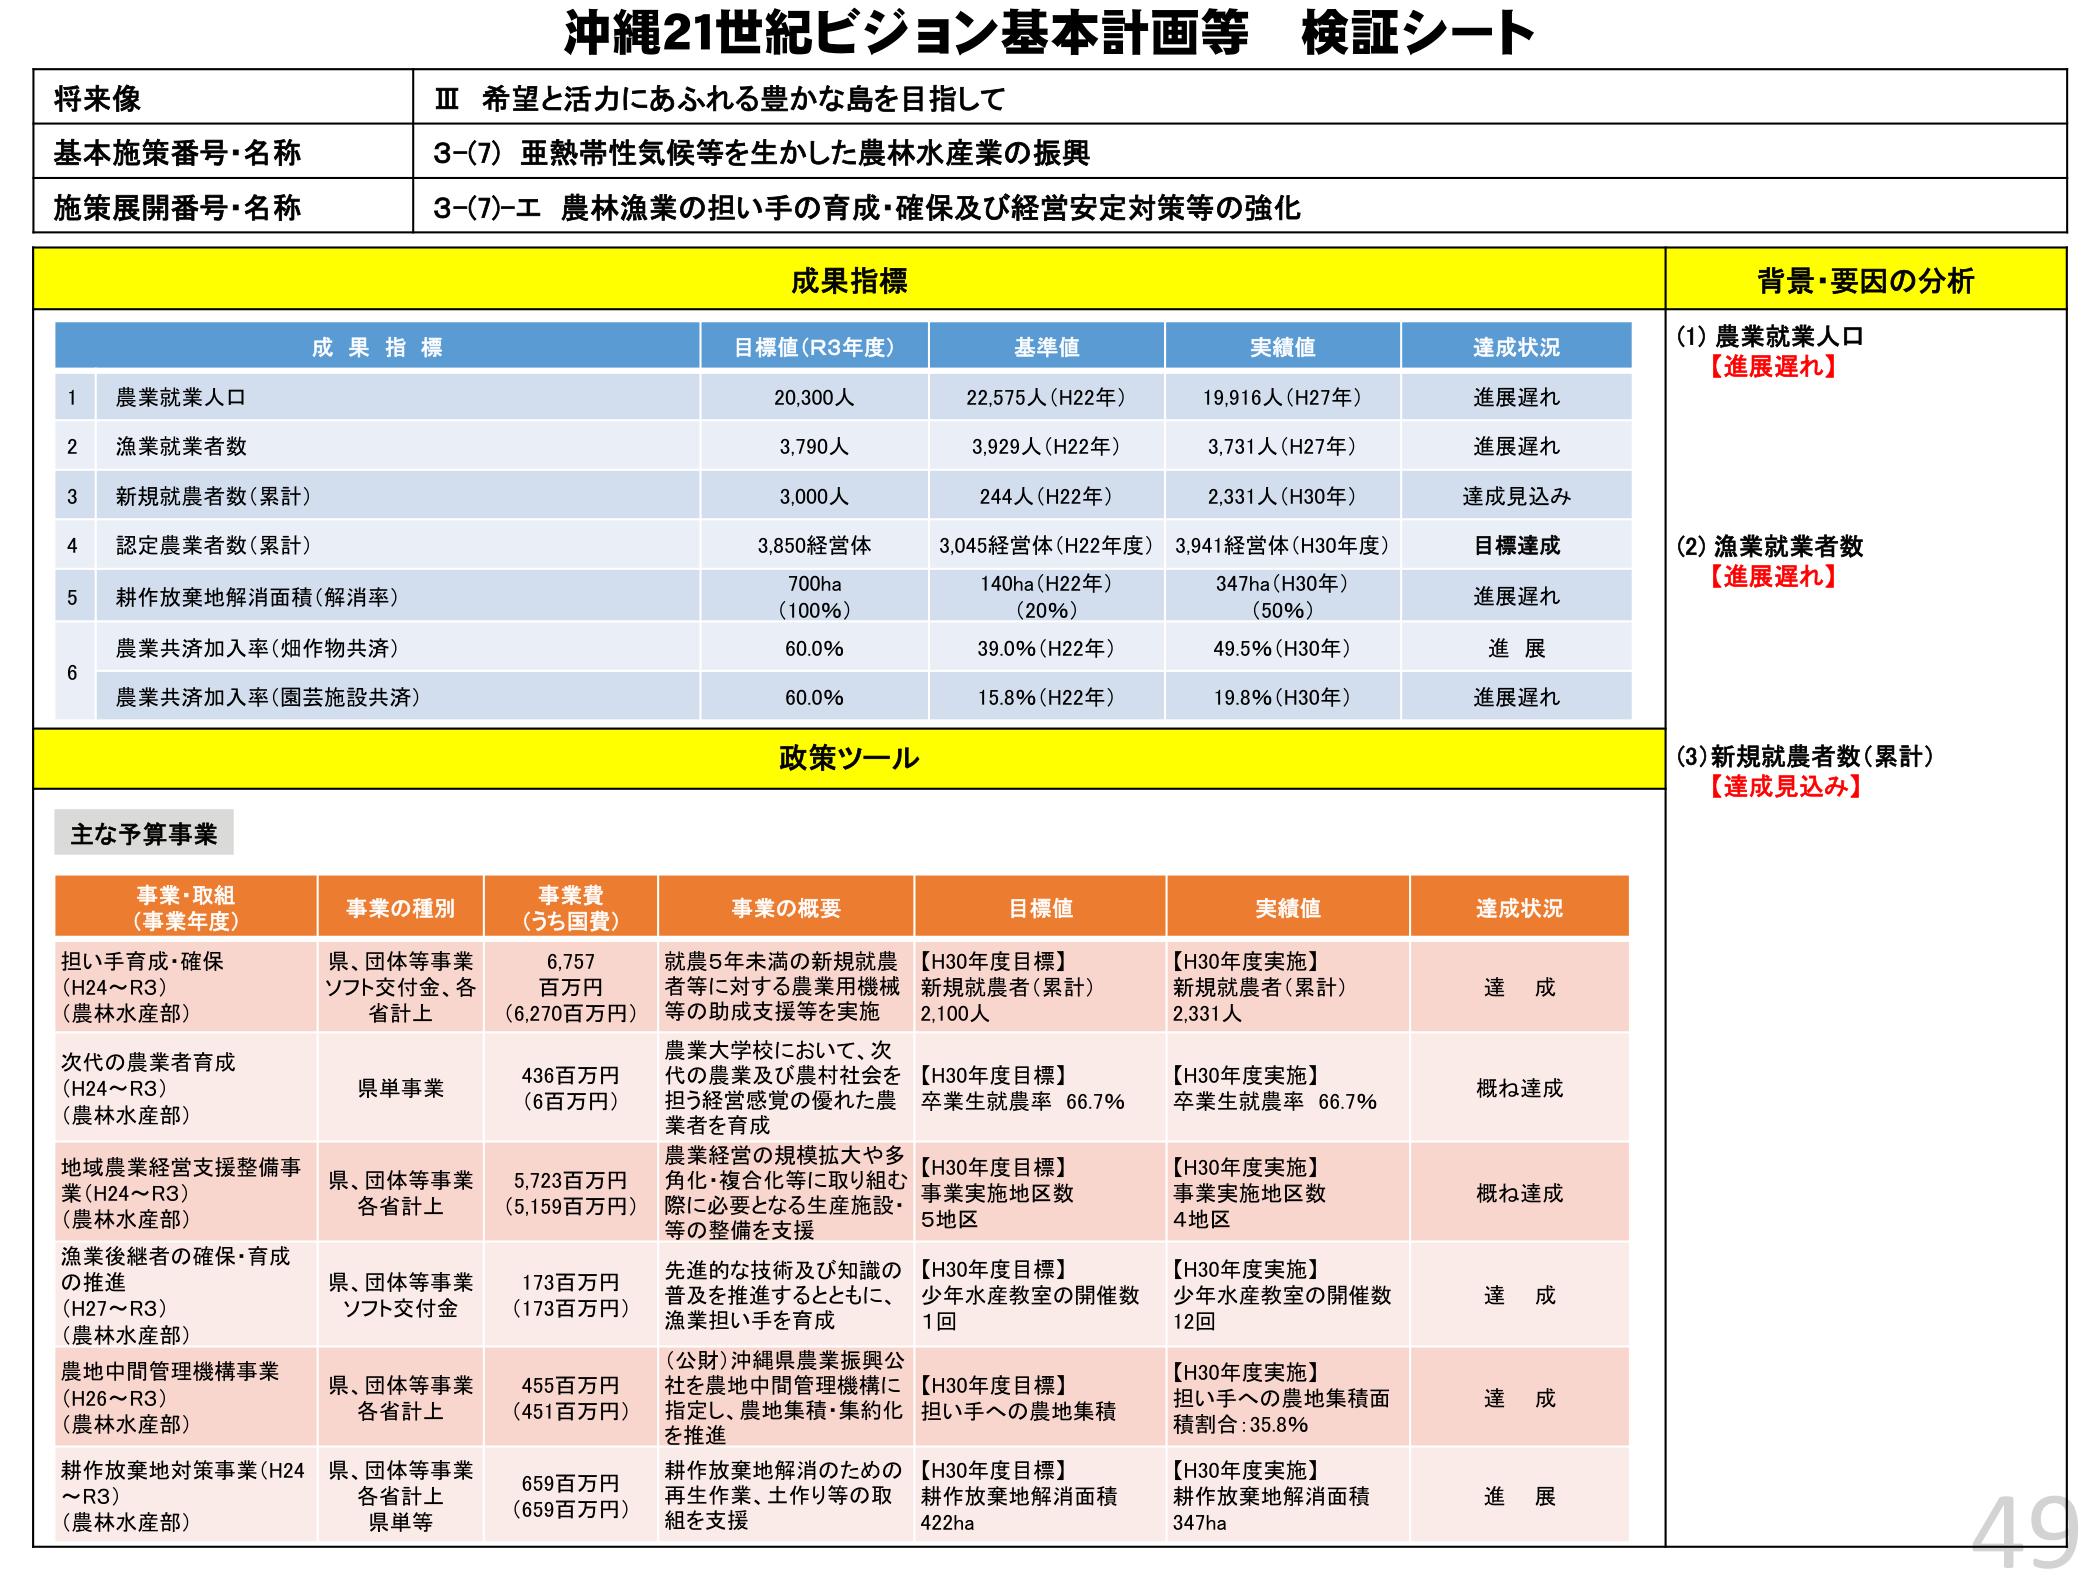
沖縄21世紀ビジョン基本計画等 検証シート

将来像
Ⅲ 希望と活力にあふれる豊かな島を目指して

基本施策番号・名称
3-(7) 亜熱帯性気候等を生かした農林水産業の振興

施策展開番号・名称
3-(7)-エ 農林漁業の担い手の育成・確保及び経営安定対策等の強化

成果指標

成果指標 目標値（R3年度） 基準値 実績値 達成状況
1 農業就業人口 20,300人 22,575人（H22年） 19,916人（H27年） 進展遅れ
2 漁業就業者数 3,790人 3,929人（H22年） 3,731人（H27年） 進展遅れ
3 新規就農者数（累計） 3,000人 244人（H22年） 2,331人（H30年） 達成見込み
4 認定農業者数（累計） 3,850経営体 3,045経営体（H22年度） 3,941経営体（H30年度） 目標達成
5 耕作放棄地解消面積（解消率） 700ha （100%） 140ha（H22年） （20%） 347ha（H30年） （50%） 進展遅れ
6 農業共済加入率（畑作物共済） 60.0% 39.0%（H22年） 49.5%（H30年） 進展
農業共済加入率（園芸施設共済） 60.0% 15.8%（H22年） 19.8%（H30年） 進展遅れ

背景・要因の分析
(1) 農業就業人口
【進展遅れ】
(2) 漁業就業者数
【進展遅れ】
(3) 新規就農者数（累計）
【達成見込み】

政策ツール

主な予算事業

事業・取組 （事業年度） 事業の種別 事業費 （うち国費） 事業の概要 目標値 実績値 達成状況
担い手育成・確保 （H24～R3） （農林水産部） 県、団体等事業 ソフト交付金、各省計上 6,757 百万円 （6,270百万円） 就農5年未満の新規就農者等に対する農業用機械等の助成支援等を実施 【H30年度目標】 新規就農者（累計） 2,100人 【H30年度実施】 新規就農者（累計） 2,331人 達成
次代の農業者育成 （H24～R3） （農林水産部） 県単事業 436百万円 （6百万円） 農業大学校において、次代の農業及び農村社会を担う経営感覚の優れた農業者を育成 【H30年度目標】 卒業生就農率 66.7% 【H30年度実施】 卒業生就農率 66.7% 概ね達成
地域農業経営支援整備事業（H24～R3） （農林水産部） 県、団体等事業 各省計上 5,723百万円 （5,159百万円） 農業経営の規模拡大や多角化・複合化等に取り組む際に必要となる生産施設等の整備を支援 【H30年度目標】 事業実施地区数 5地区 【H30年度実施】 事業実施地区数 4地区 概ね達成
漁業後継者の確保・育成の推進 （H27～R3） （農林水産部） 県、団体等事業 ソフト交付金 173百万円 （173百万円） 先進的な技術及び知識の普及を推進するとともに、漁業担い手を育成 【H30年度目標】 少年水産教室の開催数 1回 【H30年度実施】 少年水産教室の開催数 12回 達成
農地中間管理機構事業 （H26～R3） （農林水産部） 県、団体等事業 各省計上 455百万円 （451百万円） （公財）沖縄県農業振興公社を農地中間管理機構に指定し、農地集積・集約化を推進 【H30年度目標】 担い手への農地集積面積割合：35.8% 【H30年度実施】 担い手への農地集積面積割合：35.8% 達成
耕作放棄地対策事業（H24～R3） （農林水産部） 県、団体等事業 各省計上 県単等 659百万円 （659百万円） 耕作放棄地解消のための再生作業、土作り等の取組を支援 【H30年度目標】 耕作放棄地解消面積 422ha 【H30年度実施】 耕作放棄地解消面積 347ha 進展

49